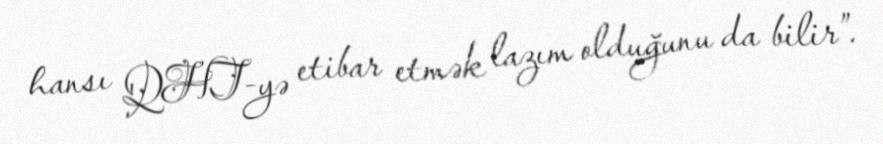
hansı QHT-yə etibar etmək lazım olduğunu da bilir”.